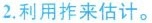
2.利用柞来估计。